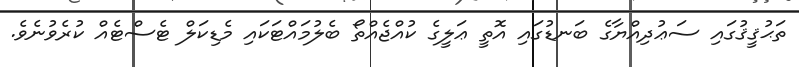
ތަޙުޤީޤުގައި ސަޢުދިއްޔާގެ ބަނޑުގައި އޮތީ ޢަލީގެ ކުއްޖެއްތޯ ބެލުމައްޓަކައި މެޑިކަލް ޓެސްޓެއް ކުރެވުނެވެ.